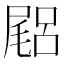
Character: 𡳎